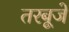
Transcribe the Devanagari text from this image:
तरबूजे